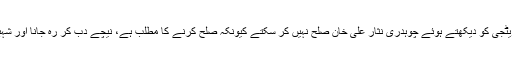
مریم نواز شریف کے ہوتے ہوئے اور نواز شرفیب کی سٹریٹجی کو دیکھتے ہوئے چوہدری نثار علی خان صلح نہیں کر سکتے کیونکہ صلح کرنے کا مطلب ہے، نیچے دب کر رہ جانا اور شہباز شریف کیلئے جگہ چھوڑنے کا مطلب ہے سیاسی موت۔